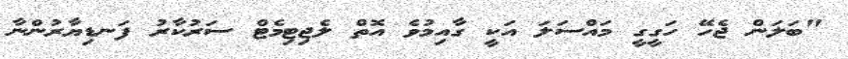
"ބަލަން ޖެހޭ ހަގީގީ މައްސަލަ އަކީ ގާއިމުވެ އޮތް ލެޖިޓިމެޓް ސަރުކާރު ފަނޑިޔާރުންނާ